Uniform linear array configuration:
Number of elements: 24
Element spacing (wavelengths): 1
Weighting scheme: kaiser
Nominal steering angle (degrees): -15
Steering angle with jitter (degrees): -14.486
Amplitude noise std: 0.05
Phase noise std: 0.05

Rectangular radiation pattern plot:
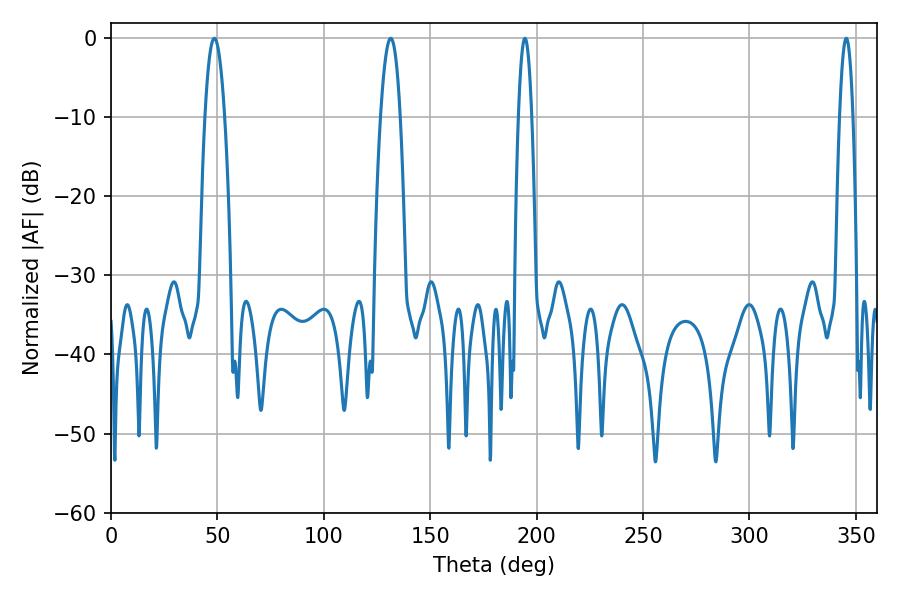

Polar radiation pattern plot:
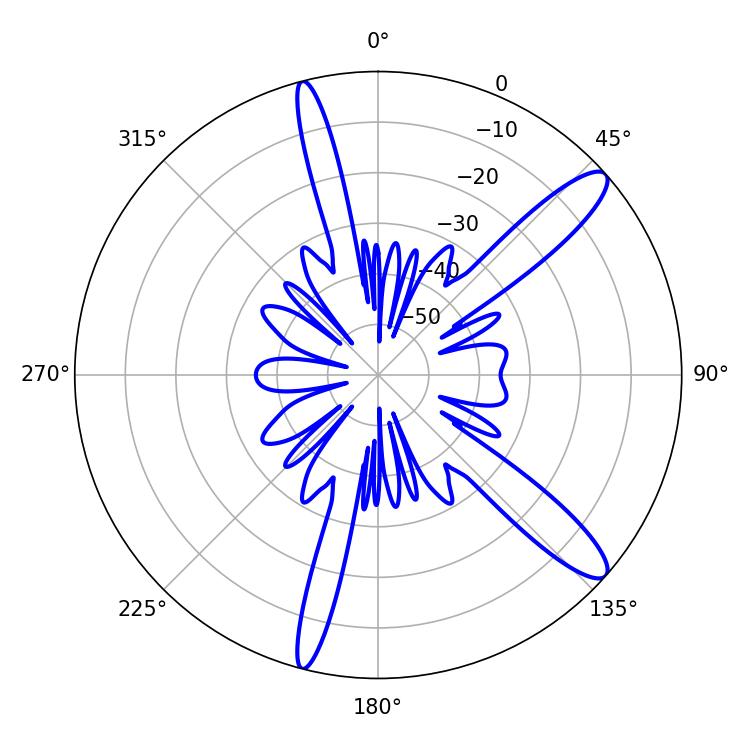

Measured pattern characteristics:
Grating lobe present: TRUE
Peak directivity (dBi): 12.531
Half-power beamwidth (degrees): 5.04
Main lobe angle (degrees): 131.4